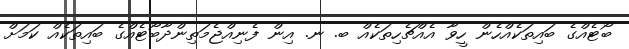
ބޯޓެއްގެ ބައިތަކެއްހެން ހީވާ އެއްޗެހިތަކެއް ބ. ނ. އިން ފެނިއްޖެމަތިންދާބޯޓެއްގެ ބައިތަކެއް ކަމަށް